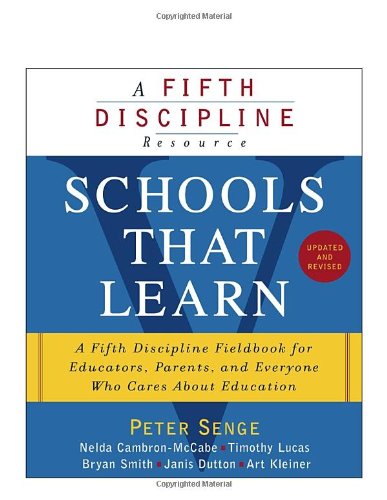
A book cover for Schools That Learn (Updated and Revised): A Fifth Discipline Fieldbook for Educators, Parents, and Everyone Who Cares About Education; Peter M. Senge; Business & Money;